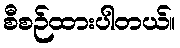
စီစဉ်ထားပါတယ်။